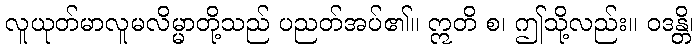
လူယုတ်မာလူမလိမ္မာတို့သည် ပညတ်အပ်၏။ ဣတိ စ၊ ဤသို့လည်း။ ဝဒန္တိ၊